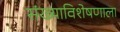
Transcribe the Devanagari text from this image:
संख्याविशेषणाला